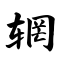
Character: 辋